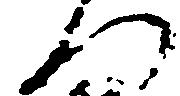
門